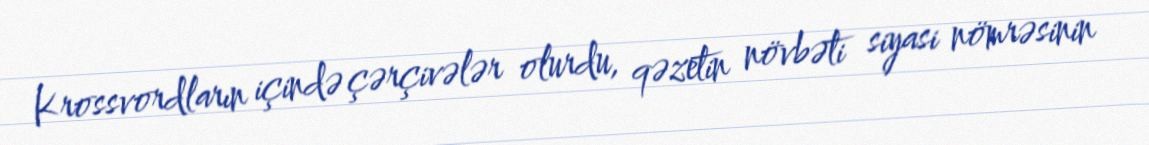
Krossvordların içində çərçivələr olurdu, qəzetin növbəti siyasi nömrəsinin